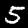
Label: 5